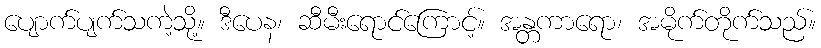
ပျောက်ပျက်သကဲ့သို့။ ဒီပေန၊ ဆီမီးရောင်ကြောင့်။ အန္တကာရော၊ အမိုက်တိုက်သည်။